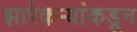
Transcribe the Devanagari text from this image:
झारेकऱ्यांकडून